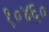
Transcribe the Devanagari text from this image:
१०४६०